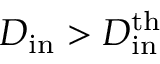
D _ { \mathrm { i n } } > D _ { \mathrm { i n } } ^ { \mathrm { t h } }